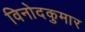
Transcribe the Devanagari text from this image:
विनोदकुमार